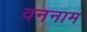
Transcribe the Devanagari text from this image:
वननाम